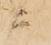
ニ